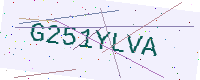
Text: G251YLVA